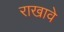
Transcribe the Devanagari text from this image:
राखावे